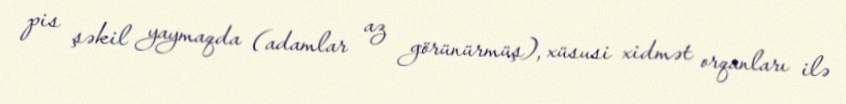
pis şəkil yaymaqda (adamlar az görünürmüş), xüsusi xidmət orqanları ilə